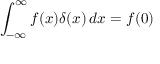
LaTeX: \int _ { - \infty } ^ { \infty } f ( x ) \delta ( x ) \, d x = f ( 0 )